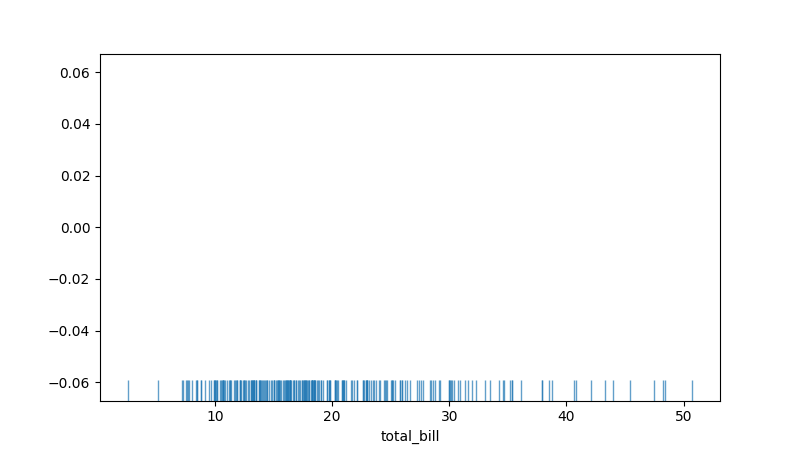
python, seaborn, rugplot, height=0.06, axis='x', alpha=0.7